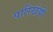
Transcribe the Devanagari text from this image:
पारिखेयी